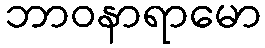
ဘာဝနာရာမော